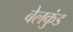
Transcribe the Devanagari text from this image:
बेलकुंड